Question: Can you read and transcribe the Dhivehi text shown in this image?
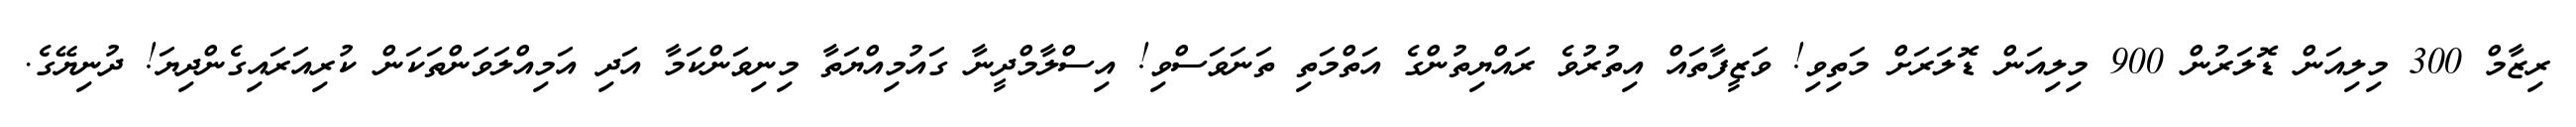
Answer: ރިޒާމް 300 މިލިއަން ޑޮލަރުން 900 މިލިއަން ޑޮލަރަށް މަތިވި! ވަޒީފާތައް އިތުރުވެ ރައްޔިތުންގެ އަތްމަތި ތަނަވަސްވި! އިސްލާމްދީނާ ގައުމިއްޔަތާ މިނިވަންކަމާ އަދި އަމިއްލަވަންތަކަން ކުރިއަރައިގެންދިޔަ! ދުނިޔޭގެ.